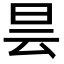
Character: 昙